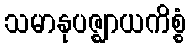
သမာနုပဇ္ဈာယကိစ္စံ